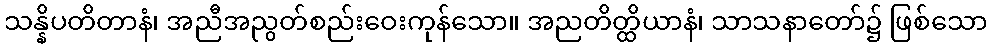
သန္နိပတိတာနံ၊ အညီအညွတ်စည်းဝေးကုန်သော။ အညတိတ္ထိယာနံ၊ သာသနာတော်၌ ဖြစ်သော